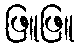
ဖြူဖြူ